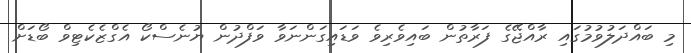
މި ބައްދަލުވުމުގައި ރާއްޖޭގެ ފަރާތުން ބައިވެރިވެ ވަޑައިގަންނަވާ ވަފްދުން ޔުނެސްކޯ އެގްޒެކެޓިވް ބޯޑަށް